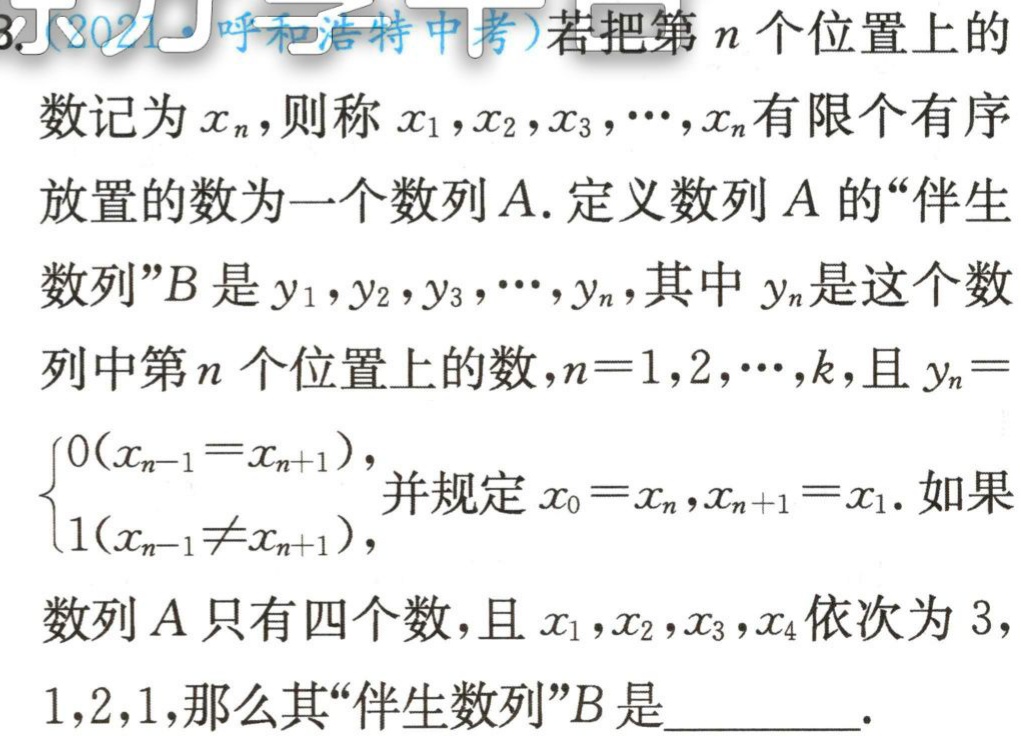
(2021·呼和浩特中考)若把第\(n\)个位置上的数记为\(x_{n}\)，则称\(x_{1},x_{2},x_{3},\cdots,x_{n}\)有限个有序放置的数为一个数列\(A\). 定义数列\(A\)的“伴生数列”\(B\)是\(y_{1},y_{2},y_{3},\cdots,y_{n}\)，其中\(y_{n}\)是这个数列中第\(n\)个位置上的数，\(n = 1,2,\cdots,k\)，且\(y_{n}= \begin{cases}0(x_{n - 1}=x_{n + 1}),\\1(x_{n - 1}\neq x_{n + 1}),\end{cases}\)并规定\(x_{0}=x_{n},x_{n + 1}=x_{1}\). 如果数列\(A\)只有四个数，且\(x_{1},x_{2},x_{3},x_{4}\)依次为\(3,1,2,1\)，那么其“伴生数列”\(B\)是  .